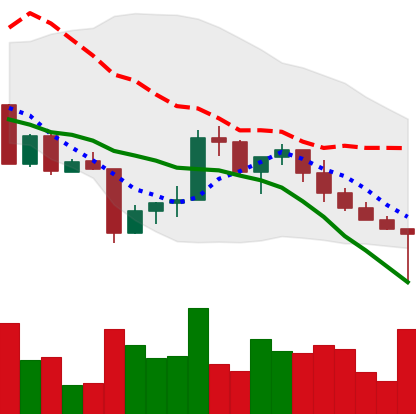
Ticker: XRP-USD
Chart end date: 2022-04-25
Forward return: -15.457%
Label: down_7plus